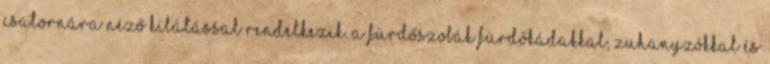
csatornára néző kilátással rendelkezik. A fürdőszobák fürdőkádakkal, zuhanyzókkal és